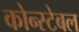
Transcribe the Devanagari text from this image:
कोन्स्टेबल